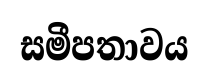
සමීපතාවය